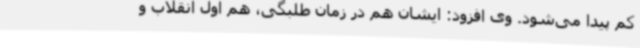
کم پیدا می‌شود. وی افزود: ایشان هم در زمان طلبگی، هم اول انقلاب و